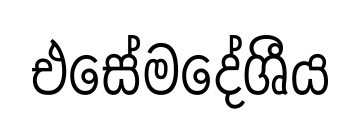
එසේමදේශීය